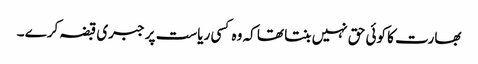
بھارت کا کوئی حق نہیں بنتا تھا کہ وہ کسی ریاست پر جبری قبضہ کرے ۔